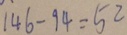
1 4 6 - 9 4 = 5 2